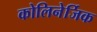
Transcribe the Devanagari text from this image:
कोलिनेर्जिक